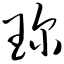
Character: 琛